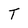
Character: T